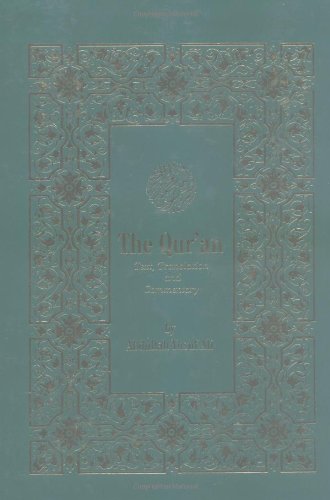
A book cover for The Qur'an: Text, Translation & Commentary (English and Arabic Edition); Religion & Spirituality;